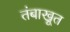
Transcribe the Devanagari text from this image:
तंबाखूत